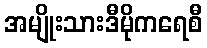
အမျိုးသားဒီမိုကရေစီ